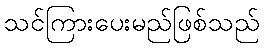
သင်ကြားပေးမည်ဖြစ်သည်